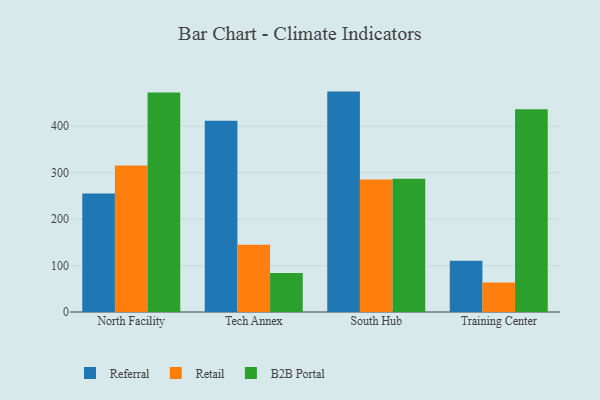
{"axis": {"x": "Campus", "y": "Net Income (USD K)"}, "legend": ["B2B Portal", "Referral", "Retail"], "data": [{"x": "North Facility", "y": 255.4, "type": "Referral"}, {"x": "North Facility", "y": 315.5, "type": "Retail"}, {"x": "North Facility", "y": 473.0, "type": "B2B Portal"}, {"x": "Tech Annex", "y": 412.0, "type": "Referral"}, {"x": "Tech Annex", "y": 144.9, "type": "Retail"}, {"x": "Tech Annex", "y": 84.0, "type": "B2B Portal"}, {"x": "South Hub", "y": 474.7, "type": "Referral"}, {"x": "South Hub", "y": 285.3, "type": "Retail"}, {"x": "South Hub", "y": 287.2, "type": "B2B Portal"}, {"x": "Training Center", "y": 110.2, "type": "Referral"}, {"x": "Training Center", "y": 63.5, "type": "Retail"}, {"x": "Training Center", "y": 436.6, "type": "B2B Portal"}]}